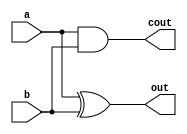
module HA
(
	input a, b,
	output out, cout
);
	assign  out = a ^ b;
	assign cout = a & b;

endmodule